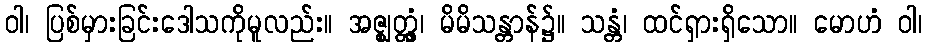
ဝါ၊ ပြစ်မှားခြင်းဒေါသကိုမူလည်း။ အဇ္ဈတ္တွံ၊ မိမိသန္တာန်၌။ သန္တံ၊ ထင်ရှားရှိသော။ မောဟံ ဝါ၊